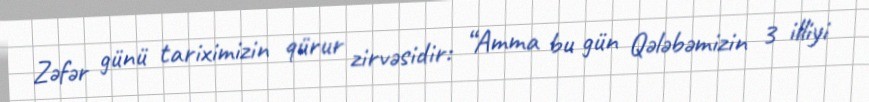
Zəfər günü tariximizin qürur zirvəsidir: “Amma bu gün Qələbəmizin 3 illiyi